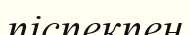
піспекпен